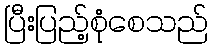
ပြီးပြည့်စုံစေသည်